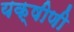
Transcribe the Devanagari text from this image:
यक्षीणी